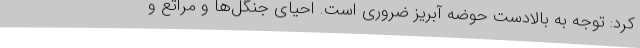
کرد: توجه به بالادست حوضه آبریز ضروری است. احیای جنگل‌ها و مراتع و